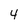
Character: 4